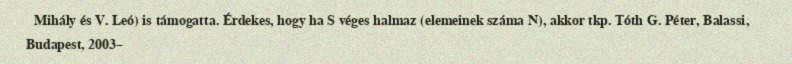
Mihály és V. Leó) is támogatta. Érdekes, hogy ha S véges halmaz (elemeinek száma N), akkor tkp. Tóth G. Péter, Balassi, Budapest, 2003–